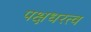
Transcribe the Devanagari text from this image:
पक्षधरत्व